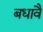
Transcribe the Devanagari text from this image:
बधावै